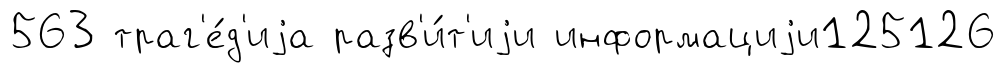
563 траг'е́д'иjа разв'и́т'иjи информациjи125126